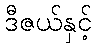
ဒီဇယ်နှင့်